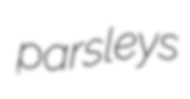
parsleys